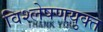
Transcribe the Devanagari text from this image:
विश्लेषणयुक्त